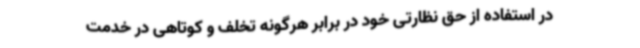
در استفاده از حق نظارتی خود در برابر هرگونه تخلف و کوتاهی در خدمت